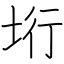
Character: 垳